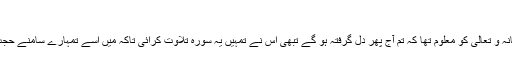
)
ضمیر: ’’ اللہ سبحانہ و تعالیٰ کو معلوم تھا کہ تم آج پھر دل گرفتہ ہو گے تبھی اس نے تمہیں یہ سورہ تلاوت کرائی تاکہ میں اسے تمہارے سامنے حجت پیش کر سکوں ۔